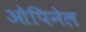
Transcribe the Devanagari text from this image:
ओपिनेल